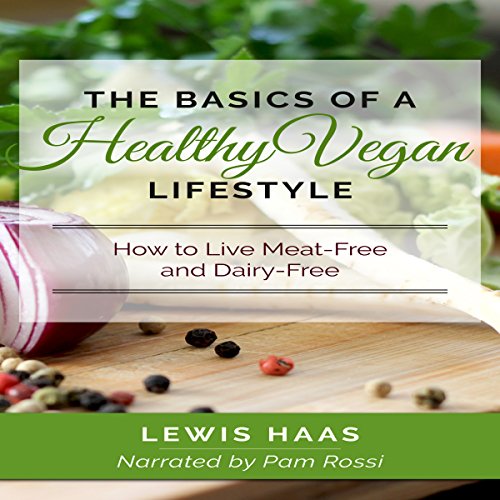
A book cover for The Basics of a Healthy Vegan Lifestyle: How to Live Meat-Free and Dairy-Free; Lewis Haas; Health, Fitness & Dieting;